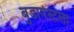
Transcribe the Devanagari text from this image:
बुडापेस्टला